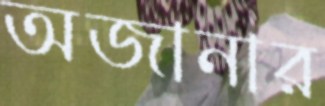
অজানার